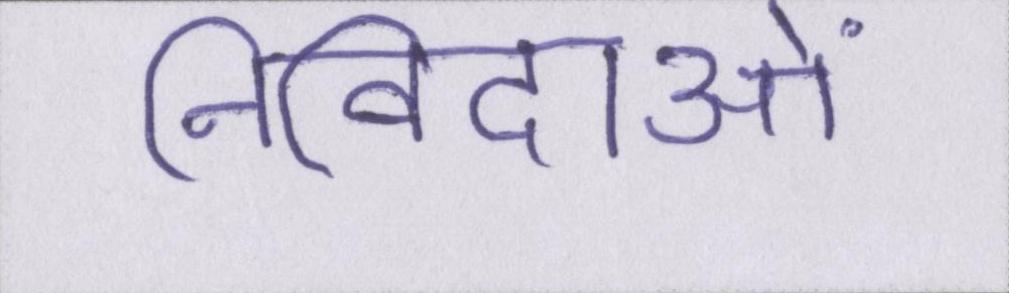
निविदाओं